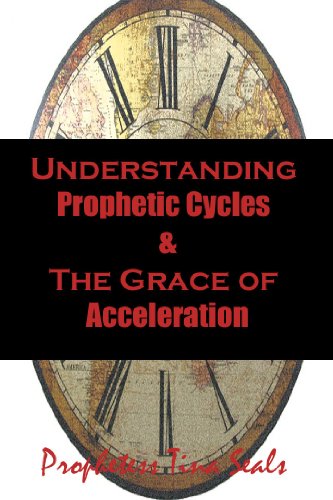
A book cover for Understanding  Prophetic Cycles  & The Grace of  Acceleration; Prophetess Tina Seals; Christian Books & Bibles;